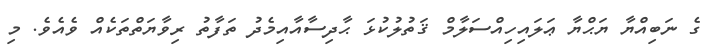
ގެ ނަބިއްޔާ ޔަޙްޔާ ޢަލައިހިއްސަލާމް ޤަތުލުކުޅަ ޙާދިސާއާއިމެދު ތަފާތު ރިވާޔަތްތަކެއް ވެއެވެ. މި